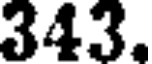
343.